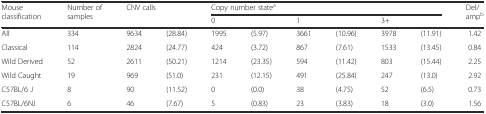
| <ROWSPAN=2> Mouse classification | <ROWSPAN=2> Number of samples | <ROWSPAN=2-COLSPAN=2> CNV calls | <COLSPAN=6> Copy number statea | <ROWSPAN=2> Del/ampb |
 | <COLSPAN=2> 0 | <COLSPAN=2> 1 | <COLSPAN=2> 3+ |
 | --- | --- | --- | --- | --- | --- | --- | --- | --- | --- | --- |
 | All | 334 | 9634 | (28.84) | 1995 | (5.97) | 3661 | (10.96) | 3978 | (11.91) | 1.42 |
 | Classical | 114 | 2824 | (24.77) | 424 | (3.72) | 867 | (7.61) | 1533 | (13.45) | 0.84 |
 | Wild Derived | 52 | 2611 | (50.21) | 1214 | (23.35) | 594 | (11.42) | 803 | (15.44) | 2.25 |
 | Wild Caught | 19 | 969 | (51.0) | 231 | (12.15) | 491 | (25.84) | 247 | (13.0) | 2.92 |
 | C57BL/6 J | 8 | 90 | (11.52) | 0 | (0.0) | 38 | (4.75) | 52 | (6.5) | 0.73 |
 | C57BL/6NJ | 6 | 46 | (7.67) | 5 | (0.83) | 23 | (3.83) | 18 | (3.0) | 1.56 |